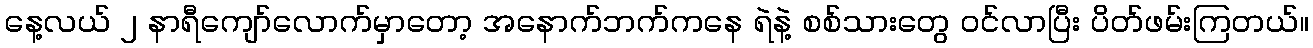
နေ့လယ် ၂ နာရီကျော်လောက်မှာတော့ အနောက်ဘက်ကနေ ရဲနဲ့ စစ်သားတွေ ဝင်လာပြီး ပိတ်ဖမ်းကြတယ်။